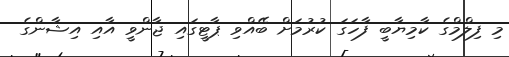
މި ފިލްމްގެ ކާމިޔާބީ ފާހަގަ ކުރުމަށް ބޭއްވި ޕާޓީގައި ޖާންވީ އާއި އިޝާންގެ